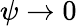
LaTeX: \psi\rightarrow 0